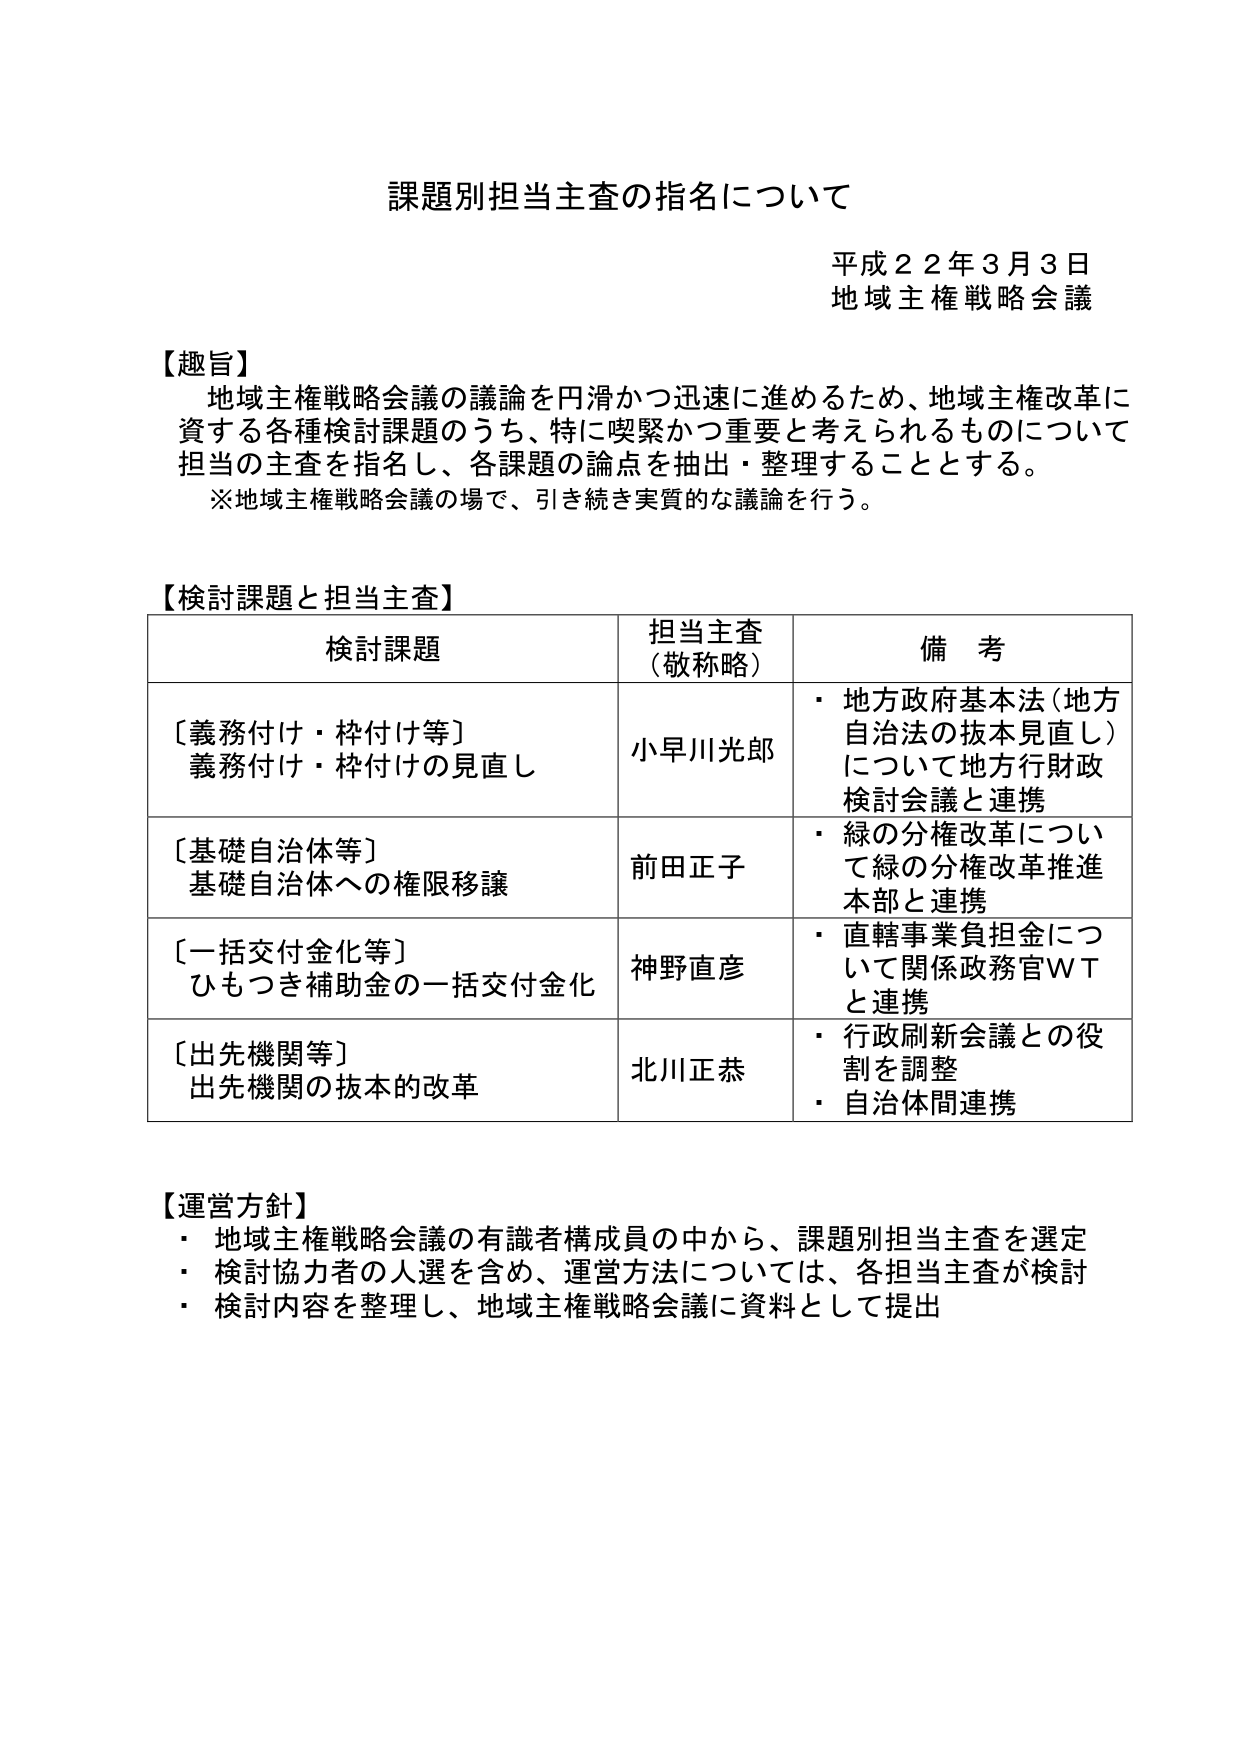
課題別担当主査の指名について

平成２２年３月３日
地域主権戦略会議

【趣旨】
地域主権戦略会議の議論を円滑かつ迅速に進めるため、地域主権改革に
資する各種検討課題のうち、特に喫緊かつ重要と考えられるものについて
担当の主査を指名し、各課題の論点を抽出・整理することとする。
※地域主権戦略会議の場で、引き続き実質的な議論を行う。

【検討課題と担当主査】
検討課題　　　　　　　　　　　担当主査（敬称略）　　　　　備　考
〔義務付け・枠付け等〕　　　　小早川光郎　　　　　　　　・地方政府基本法（地方
義務付け・枠付けの見直し　　　　　　　　　　　　　　　　自治法の抜本見直し）
　　　　　　　　　　　　　　　　　　　　　　　　　　　　について地方行財政
　　　　　　　　　　　　　　　　　　　　　　　　　　　　検討会議と連携
〔基礎自治体等〕　　　　　　　前田正子　　　　　　　　　・緑の分権改革について
基礎自治体への権限移譲　　　　　　　　　　　　　　　　　緑の分権改革推進
　　　　　　　　　　　　　　　　　　　　　　　　　　　　本部と連携
〔一括交付金化等〕　　　　　　神野直彦　　　　　　　　　・直轄事業負担金につ
ひもつき補助金の一括交付金化　　　　　　　　　　　　　　いて関係政務官ＷＴ
　　　　　　　　　　　　　　　　　　　　　　　　　　　　と連携
〔出先機関等〕　　　　　　　　北川正恭　　　　　　　　　・行政刷新会議との役
出先機関の抜本的改革　　　　　　　　　　　　　　　　　　割を調整
　　　　　　　　　　　　　　　　　　　　　　　　　　　　・自治体間連携

【運営方針】
・地域主権戦略会議の有識者構成員の中から、課題別担当主査を選定
・検討協力者の人選を含め、運営方法については、各担当主査が検討
・検討内容を整理し、地域主権戦略会議に資料として提出